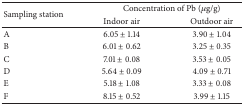
<table><thead><tr><td rowspan="2"><b>Sampling station</b></td><td colspan="2"><b>Concentration of Pb (<i>μ</i>g/g)</b></td></tr><tr><td><b>Indoor air </b></td><td><b>Outdoor air </b></td></tr></thead><tbody><tr><td>A </td><td>6.05 ± 1.14 </td><td>3.90 ± 1.04 </td></tr><tr><td>B </td><td>6.01 ± 0.62 </td><td>3.25 ± 0.35 </td></tr><tr><td>C </td><td>7.01 ± 0.08 </td><td>3.53 ± 0.05 </td></tr><tr><td>D </td><td>5.64 ± 0.09 </td><td>4.09 ± 0.71 </td></tr><tr><td>E </td><td>5.18 ± 1.08 </td><td>3.33 ± 0.08 </td></tr><tr><td>F </td><td>8.15 ± 0.52 </td><td>3.99 ± 1.15 </td></tr></tbody></table>